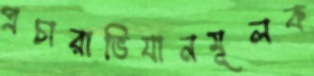
প্রচারাভিযানমূলক